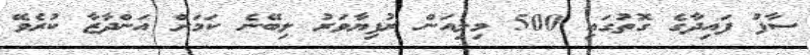
ސާފު ފައިދާގެ ގޮތުގައި 500 މިލިއަން ރުފިޔާވަރު ލިބޭނެ ކަމަށް އަންދާޒާ ކުރެވޭ